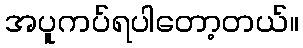
အပူကပ်ရပါတော့တယ်။